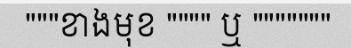
"""ខាងមុខ """" ឬ """""""